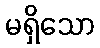
မရှိသော